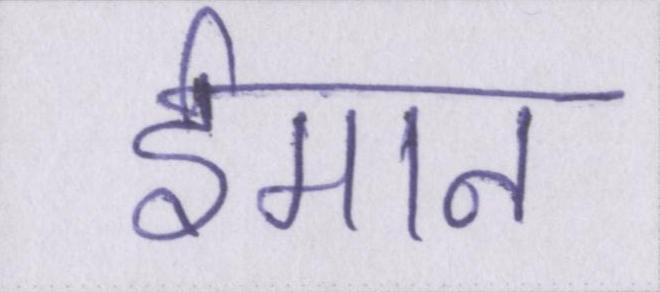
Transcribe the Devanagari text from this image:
ईमान